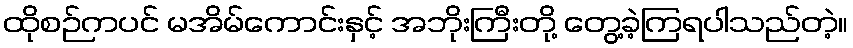
ထိုစဉ်ကပင် မအိမ်ကောင်းနှင့် အဘိုးကြီးတို့ တွေ့ခဲ့ကြရပါသည်တဲ့။